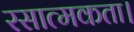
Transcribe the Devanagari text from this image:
रसात्मकता।